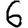
Digit: 6